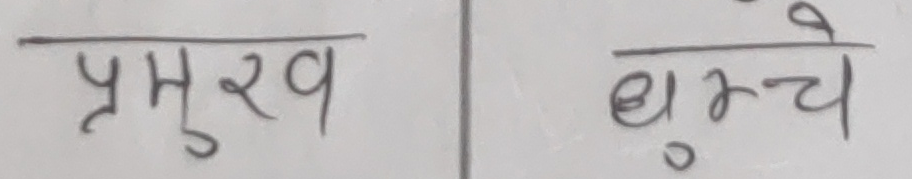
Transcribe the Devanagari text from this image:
प्रमुख घुम्चे